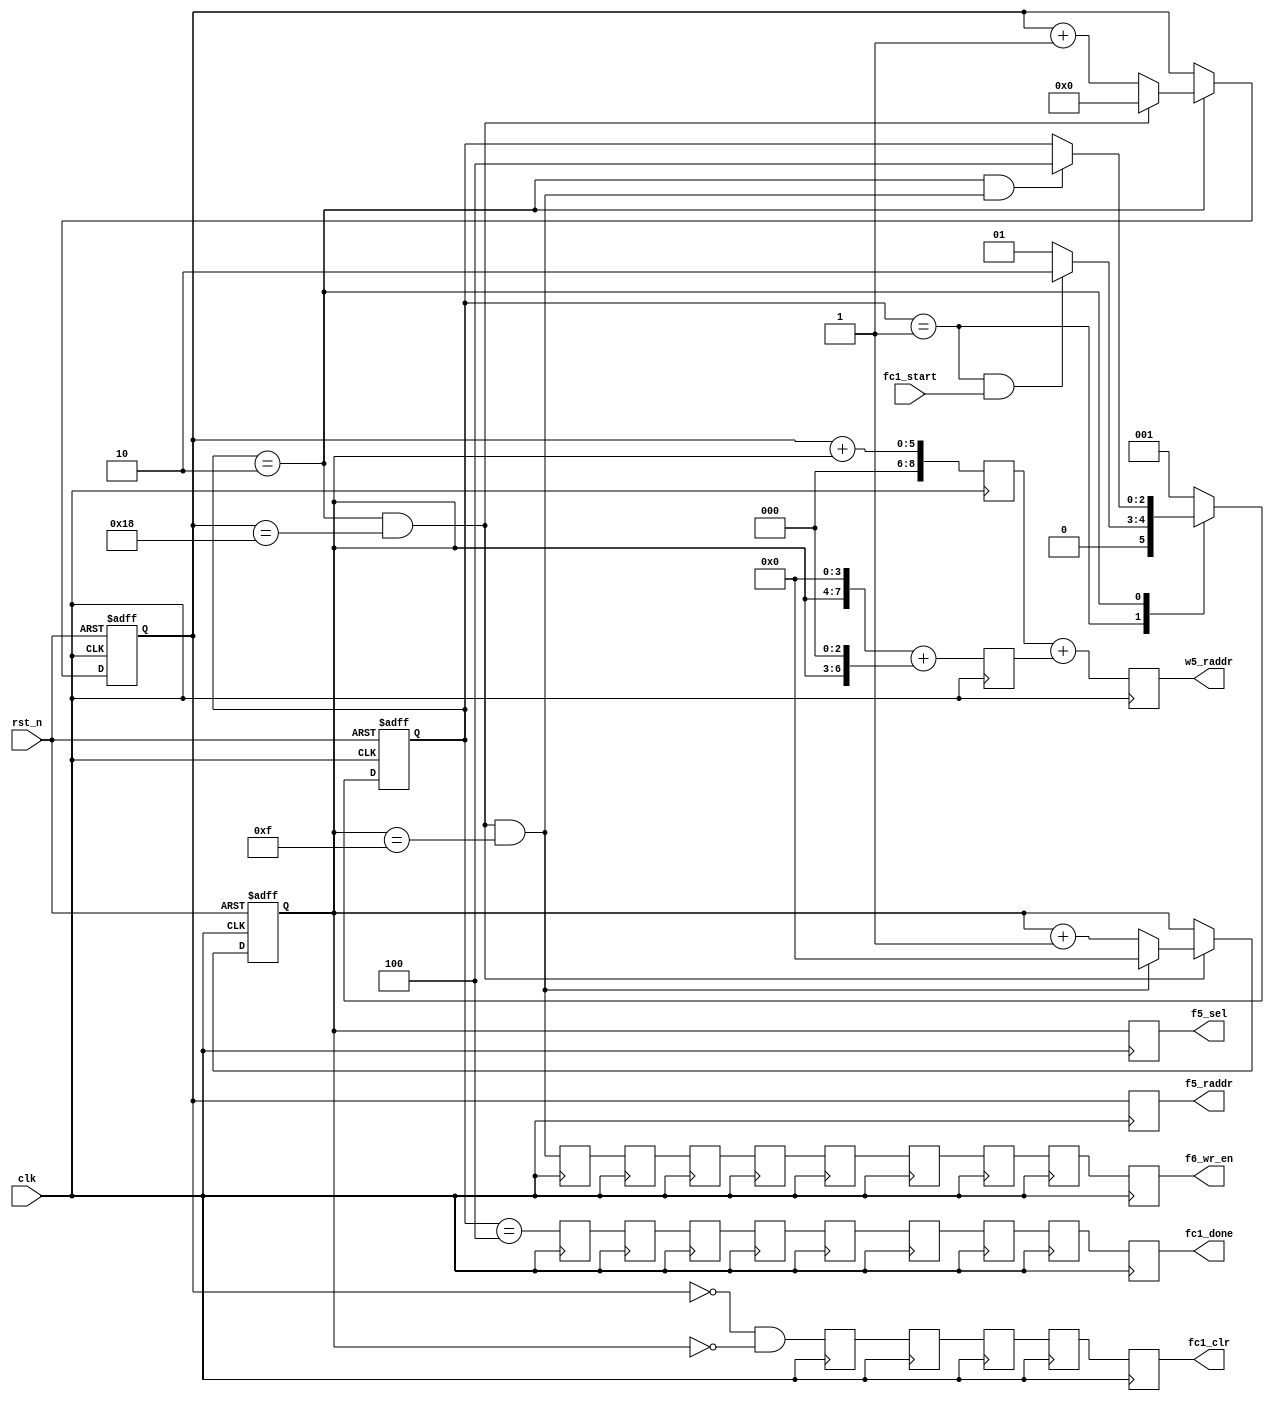
// This program was cloned from: https://github.com/yztong/LeNet_RTL
// License: MIT License

//==================================================================================================
//  Revision      : 
//  Company       : UESTC
//
//  Description   : FC 1st Layer Control Module.
//
//
//==================================================================================================
module fc1_ctrl(/*autoport*/
//output
			f5_raddr,
			f5_sel,
			w5_raddr,
			f6_wr_en,
			fc1_done,
			fc1_clr,
//input
			clk,
			rst_n,
			fc1_start);
	input 		clk;
	input 		rst_n;

	//Input Weight and Feature Read Addr
	output [4:0]f5_raddr;
	output [3:0]f5_sel;
	output [8:0]w5_raddr;
	//Output Feature Write Enable
	output      f6_wr_en;
	//Control Signal
	input 		fc1_start;
	output 		fc1_done;
	output 		fc1_clr;
	localparam	IDLE=3'b001;
	localparam  RUN =3'b010;
	localparam  DONE=3'b100;
	reg[2:0] current_state;
	reg[2:0] next_state;

	reg[4:0] cnt0;
	reg[3:0] cnt1;

	wire add_cnt0,end_cnt0,add_cnt1,end_cnt1;
	wire IDLE2RUN_start,RUN2DONE_start;

	always@(posedge clk or negedge rst_n)begin
		if(!rst_n)
			current_state <= IDLE;
		else
			current_state <= next_state;
	end

	always@(*) begin
		case(current_state)
			IDLE:begin
				if(IDLE2RUN_start)
					next_state = RUN;
				else
					next_state = IDLE;
			end
			RUN:begin
				if(RUN2DONE_start)
					next_state = DONE;
				else begin
					next_state = current_state;
				end
			end
			DONE:begin
				next_state = IDLE;
			end
			default: next_state = IDLE;	
		endcase
	end

	assign IDLE2RUN_start = current_state==IDLE && fc1_start == 1'b1;
	assign RUN2DONE_start = current_state==RUN  && end_cnt1;


	always @(posedge clk or negedge  rst_n) begin
		if (!rst_n) begin
			// reset
			cnt0 <= 0;
		end
		else if (add_cnt0) begin
			if(end_cnt0)begin
				cnt0 <= 0;
			end
			else begin
				cnt0 <= cnt0 + 1'b1;
			end
		end
	end

	assign add_cnt0 = current_state==RUN;
	assign end_cnt0 = add_cnt0 && cnt0 == 25-1;

	always @(posedge clk or negedge rst_n) begin
		if (!rst_n) begin
			// reset
			cnt1 <= 0;
		end
		else if (add_cnt1) begin
			if(end_cnt1)begin
				cnt1 <= 0;
			end
			else begin
				cnt1 <= cnt1 + 1'b1;
			end
		end
	end

	assign add_cnt1 = end_cnt0;
	assign end_cnt1 = add_cnt1 && cnt1 == 16-1;


//Address Generate
	reg	[4:0]  f5_raddr_s1;
	reg	[3:0]  f5_sel_s1;
	reg	[8:0]  w5_raddr_s1_1,w5_raddr_s1_2,w5_raddr_s2;
	//assign f5_raddr = cnt0;
	//assign f5_sel   = cnt1;
	//assign w5_raddr = cnt0 + cnt1*25;
	always@(posedge clk)begin
		f5_raddr_s1 <= cnt0;
		f5_sel_s1   <= cnt1;

		w5_raddr_s1_1	<= cnt0 + cnt1;
		w5_raddr_s1_2   <= {cnt1[3:0],4'b0}+{cnt1[3:0],3'b0};
		w5_raddr_s2     <= w5_raddr_s1_1+w5_raddr_s1_2;
	end

	assign f5_raddr = f5_raddr_s1;
	assign w5_raddr = w5_raddr_s2;
	assign f5_sel   = f5_sel_s1;

//Control Signal Generate
	wire f6_wr_en_temp,fc1_clr_temp,fc1_done_temp;
	assign f6_wr_en_temp = end_cnt1;
	assign fc1_clr_temp = cnt0==0 && cnt1 ==0;
	assign fc1_done_temp = current_state==DONE;
	//add delay
	reg 	fc1_clr_temp_r1,fc1_clr_temp_r2,fc1_clr_temp_r3,fc1_clr_temp_r4;
	(* max_fanout = 50 *)reg fc1_clr_temp_r5;
	reg 	f6_wr_en_temp_r1,f6_wr_en_temp_r2,f6_wr_en_temp_r3,
			f6_wr_en_temp_r4,f6_wr_en_temp_r5,f6_wr_en_temp_r6,f6_wr_en_temp_r7,
			f6_wr_en_temp_r8;
	(* max_fanout = 50 *)reg f6_wr_en_temp_r9;
	reg 	fc1_done_temp_r1,fc1_done_temp_r2,fc1_done_temp_r3,
			fc1_done_temp_r4,fc1_done_temp_r5,fc1_done_temp_r6,fc1_done_temp_r7,
			fc1_done_temp_r8,fc1_done_temp_r9;
//2 + 2 addr2data   3 mac    1 bias 1relu 
	always@(posedge clk)begin

    	f6_wr_en_temp_r1 <= f6_wr_en_temp ;
    	f6_wr_en_temp_r2 <= f6_wr_en_temp_r1 ;
    	f6_wr_en_temp_r3 <= f6_wr_en_temp_r2 ;
    	f6_wr_en_temp_r4 <= f6_wr_en_temp_r3 ;
    	f6_wr_en_temp_r5 <= f6_wr_en_temp_r4 ;
    	f6_wr_en_temp_r6 <= f6_wr_en_temp_r5 ;
    	f6_wr_en_temp_r7 <= f6_wr_en_temp_r6 ;
    	f6_wr_en_temp_r8 <= f6_wr_en_temp_r7 ;
    	f6_wr_en_temp_r9 <= f6_wr_en_temp_r8 ;


   		fc1_done_temp_r1 <= fc1_done_temp;
    	fc1_done_temp_r2 <= fc1_done_temp_r1;
    	fc1_done_temp_r3 <= fc1_done_temp_r2;
    	fc1_done_temp_r4 <= fc1_done_temp_r3;
    	fc1_done_temp_r5 <= fc1_done_temp_r4;
    	fc1_done_temp_r6 <= fc1_done_temp_r5;
    	fc1_done_temp_r7 <= fc1_done_temp_r6;
    	fc1_done_temp_r8 <= fc1_done_temp_r7;
    	fc1_done_temp_r9 <= fc1_done_temp_r8;

		//fc_clr should assert at 2nd cycle of mac,DSP include 1, so here is 2 + 2 + 2 -1
    	fc1_clr_temp_r1 <= fc1_clr_temp ;      
    	fc1_clr_temp_r2 <= fc1_clr_temp_r1 ;
    	fc1_clr_temp_r3 <= fc1_clr_temp_r2 ;
    	fc1_clr_temp_r4 <= fc1_clr_temp_r3 ;
    	fc1_clr_temp_r5 <= fc1_clr_temp_r4 ;

	end

	assign f6_wr_en = f6_wr_en_temp_r9;
	assign fc1_clr = fc1_clr_temp_r5;
	assign fc1_done = fc1_done_temp_r9;
endmodule